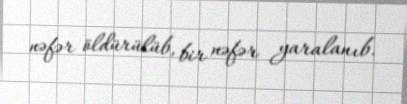
nəfər öldürülüb, bir nəfər yaralanıb.